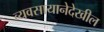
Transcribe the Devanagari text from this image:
व्यवसायानेदेखील